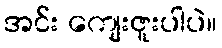
အင်း ကျေးဇူးပါပဲ။